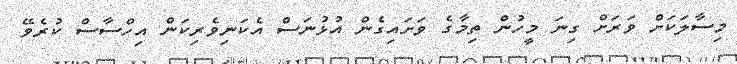
މިސާލަކަށް ވަރަށް ގިނަ މީހުން ތިމާގެ ވަށައިގެން އުޅުނަސް އެކަނިވެރިކަން އިހްސާސް ކުރެވޭ